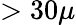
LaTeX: >30\mu